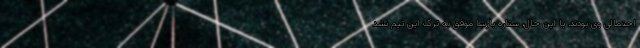
احتمالی وی بودند. با این حال، ستاره بارسا موفق به ترک این تیم نشد